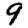
Digit: 9